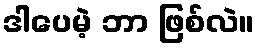
ဒါပေမဲ့ ဘာ ဖြစ်လဲ။